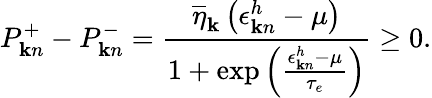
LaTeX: P_{{\mathbf k}n}^{+}-P_{{\mathbf k}n}^{-}=\frac{\overline{{\eta}}_{\mathbf k}\left(\epsilon_{{\mathbf k}n}^{h}-\mu\right)}{1+\exp\left(\frac{\epsilon_{{\mathbf k}n}^{h}-\mu}{\tau_{e}}\right)}\ge 0.